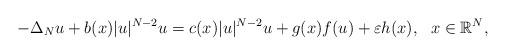
LaTeX: \begin{align*}-\Delta_N u + b(x)|u|^{N-2}u = c(x)|u|^{N-2}u + g(x)f(u) + \varepsilon h(x), \ \ x \in \mathbb{R}^N,\end{align*}